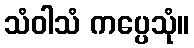
သံဝါသံ ကပ္ပေသုံ။